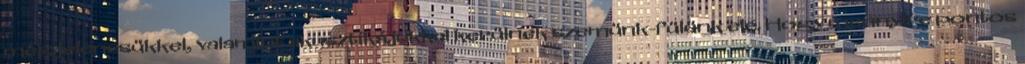
megjelenésükkel, valamint akusztikájukkal kerülnek szemünk-fülünk elé. Hogy mennyire pontos